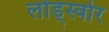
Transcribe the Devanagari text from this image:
लोड्स्वोर